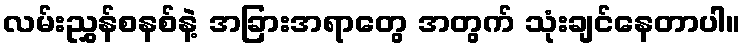
လမ်းညွှန်စနစ်နဲ့ အခြားအရာတွေ အတွက် သုံးချင်နေတာပါ။